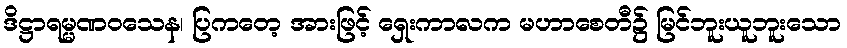
ဒိဋ္ဌာရမ္မဏဝသေန၊ ပြကတေ့ အားဖြင့် ရှေးကာလက မဟာစေတီ၌ မြင်ဘူးယူဘူးသော